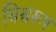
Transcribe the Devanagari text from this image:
बिश्वरूप